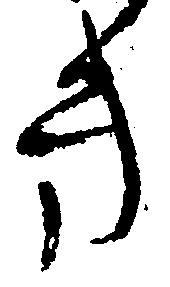
き